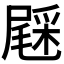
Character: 𨤔